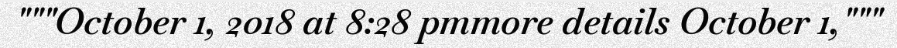
"""October 1, 2018 at 8:28 pmmore details October 1,"""